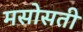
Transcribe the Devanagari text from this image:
मसोसती